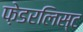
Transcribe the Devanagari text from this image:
फ़ेडरलिस्ट